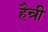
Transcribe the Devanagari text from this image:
हैन्री